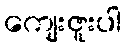
ကျေးဇူးပါ